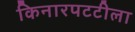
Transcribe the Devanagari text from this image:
किनारपटटीला